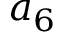
a _ { 6 }